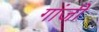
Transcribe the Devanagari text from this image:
गांजी